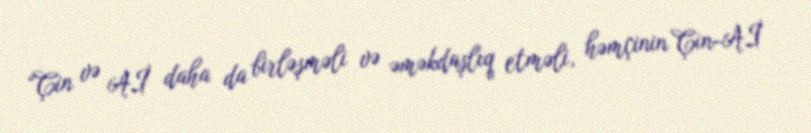
“Çin və Aİ daha da birləşməli və əməkdaşlıq etməli, həmçinin Çin-Aİ